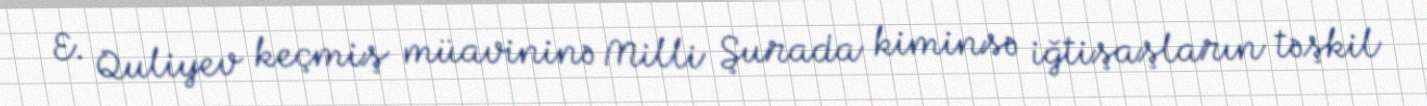
E. Quliyev keçmiş müavininə Milli Şurada kiminsə iğtişaşların təşkil